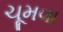
ચૂમવા